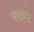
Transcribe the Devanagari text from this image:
पछाई